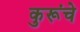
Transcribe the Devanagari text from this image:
कुरूंचे